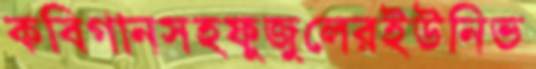
কবিগানসহফুজুলেরইউনিভ